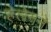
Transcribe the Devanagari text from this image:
हेलेनने